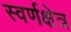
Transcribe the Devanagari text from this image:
स्वर्णक्षेत्र